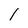
Character: 1